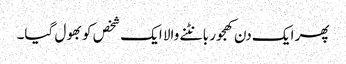
پھر ایک دن کھجور بانٹنے والا ایک شخص کو بھول گیا۔